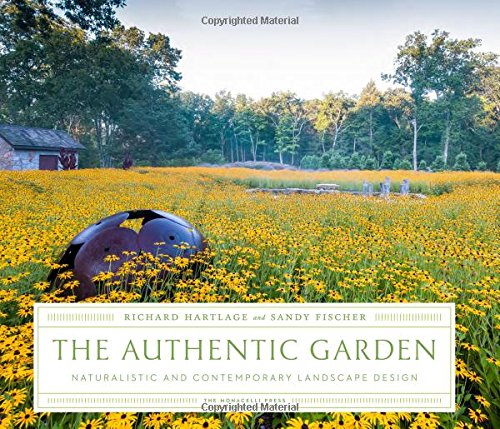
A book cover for The Authentic Garden: Naturalistic and Contemporary Landscape Design; Richard Hartlage; Crafts, Hobbies & Home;